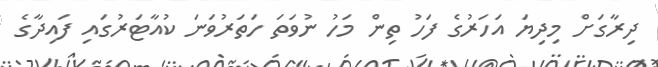
ދިރާގަށް މިދިޔަ އަހަރުގެ ފަހު ތިން މަހު ނުވަތަ ހަތަރުވަނަ ކުއާޓަރުގައި ފައިދާގެ